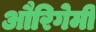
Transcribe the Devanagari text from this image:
औरिगेमी